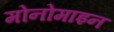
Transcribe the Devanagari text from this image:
मोनोमाइन